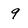
Character: 9